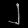
Digit: ၂